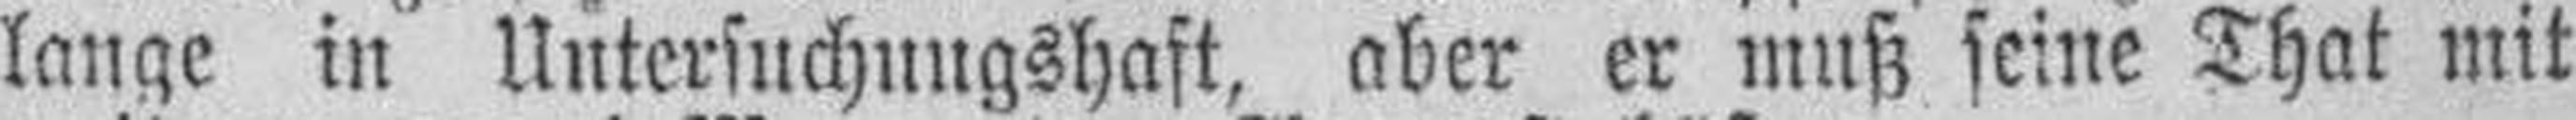
lange in Untersuchungshaft, aber er muß seine That mit